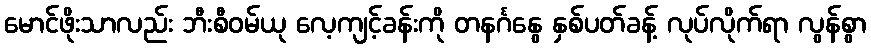
မောင်ဖိုးသာလည်း ဘီးစီဝမ်ယု လေ့ကျင့်ခန်းကို တနင်္ဂနွေ နှစ်ပတ်ခန့် လုပ်လိုက်ရာ လွန်စွာ